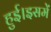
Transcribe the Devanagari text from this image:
हुई।इसमें